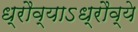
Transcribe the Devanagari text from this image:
ध्रौव्याऽध्रौव्ये